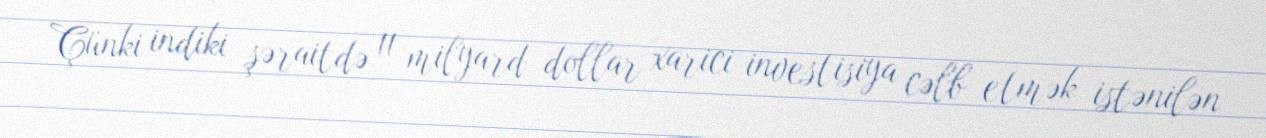
Çünki indiki şəraitdə 11 milyard dollar xarici investisiya cəlb etmək istənilən